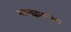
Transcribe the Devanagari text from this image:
महायुद्धारम्यान